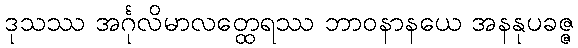
ဒုသဿ အင်္ဂုလိမာလတ္ထေရဿ ဘာဝနာနယေ အနနုပခဇ္ဇ